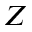
Z